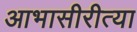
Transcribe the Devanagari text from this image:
आभासीरीत्या